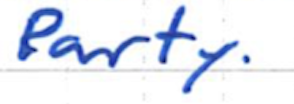
Text: Party.
Cross-out: clean
Writing tool: ballpoint